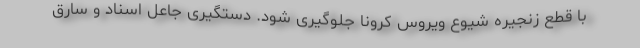
با قطع زنجیره شیوع ویروس کرونا جلوگیری شود. دستگیری جاعل اسناد و سارق